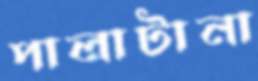
পালাটানা